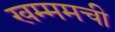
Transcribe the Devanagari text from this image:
खम्ममची